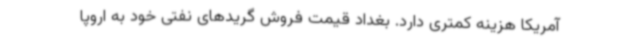
آمریکا هزینه کمتری دارد. بغداد قیمت فروش گریدهای نفتی خود به اروپا